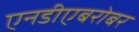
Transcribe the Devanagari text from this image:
एनडीएबरोबर